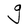
Character: g